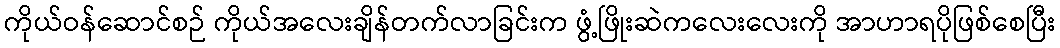
ကိုယ်ဝန်ဆောင်စဉ် ကိုယ်အလေးချိန်တက်လာခြင်းက ဖွံ့ဖြိုးဆဲကလေးလေးကို အာဟာရပိုဖြစ်စေပြီး